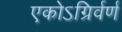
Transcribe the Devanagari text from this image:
एकोऽग्रिर्वर्ण